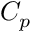
C _ { p }